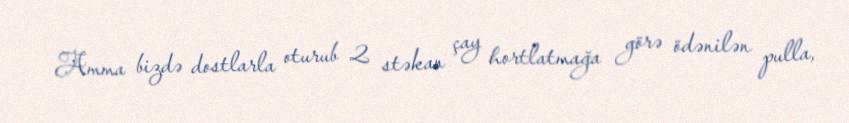
Amma bizdə dostlarla oturub 2 stəkan çay hortlatmağa görə ödənilən pulla,